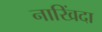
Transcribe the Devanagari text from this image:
नाखिंदा